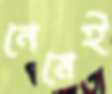
নেমেই